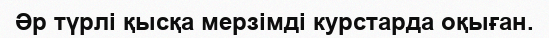
Әр түрлі қысқа мерзімді курстарда оқыған.